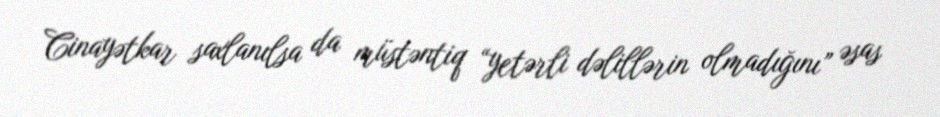
Cinayətkar saxlanılsa da müstəntiq “yetərli dəlillərin olmadığını” əsas